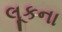
લૂકના